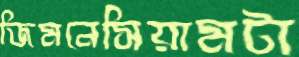
জিমনেসিয়ামটা